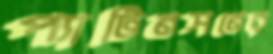
প্যাটিনসনের